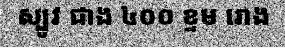
ស្បូវ ជាង ៤០០ ខ្ទម រោង